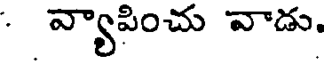
: వ్యాపించు వాడు.